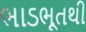
ભાડભૂતથી